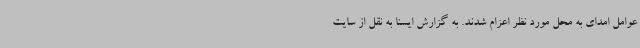
عوامل امدای به محل مورد نظر اعزام شدند. به گزارش ایسنا به نقل از سایت